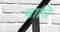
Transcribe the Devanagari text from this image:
बाघि